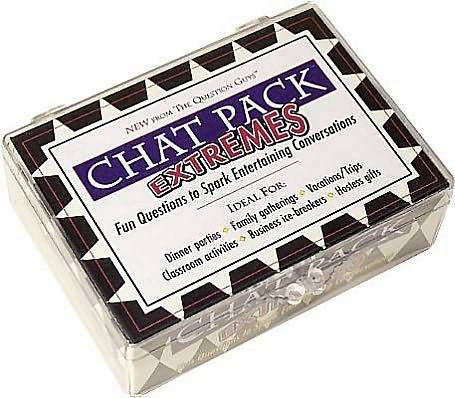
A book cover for Chat Pack Extremes: Fun Questions to Sparking Entertaining Conversations; Bret Nicholaus; Humor & Entertainment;